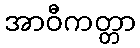
အာဝီကတ္တာ